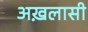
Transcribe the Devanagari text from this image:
अख़लासी